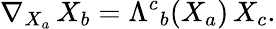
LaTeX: \nabla_{{X_{a}}}\, X_{b}=\Lambda^{c}{}_{b}(X_{a})\, X_{c}.